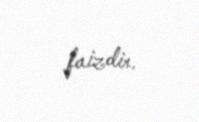
faizdir.